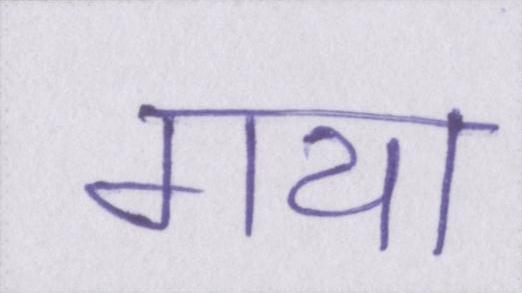
गया